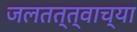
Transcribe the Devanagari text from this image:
जलतत्त्वाच्या